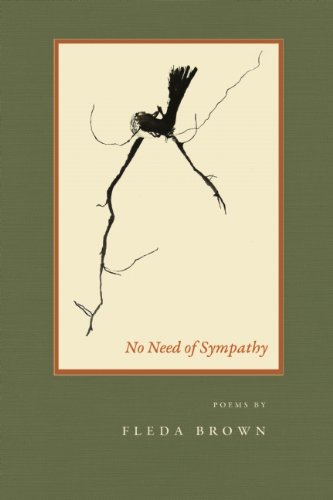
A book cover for No Need of Sympathy (American Poets Continuum); Fleda Brown; Religion & Spirituality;